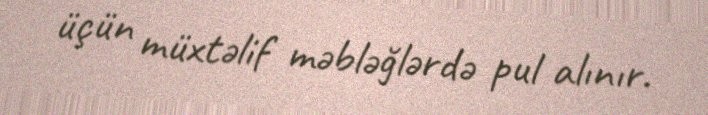
üçün müxtəlif məbləğlərdə pul alınır.